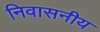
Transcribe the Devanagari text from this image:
निवासनीय